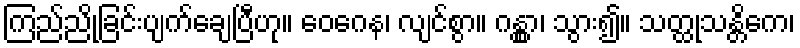
ကြည်ညိုခြင်းပျက်ချေပြီဟု။ ဝေဂေန၊ လျင်စွာ။ ဂန္တွာ၊ သွား၍။ သတ္ထုသန္တိကေ၊